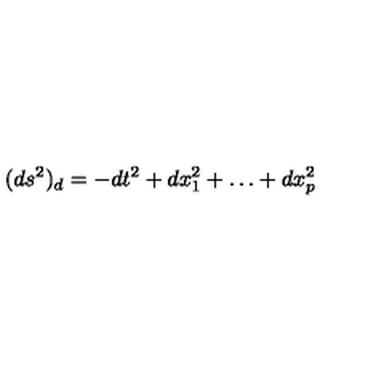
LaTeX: ( d s ^ { 2 } ) _ { d } = - d t ^ { 2 } + d x _ { 1 } ^ { 2 } + \ldots + d x _ { p } ^ { 2 }